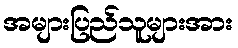
အများပြည်သူများအား